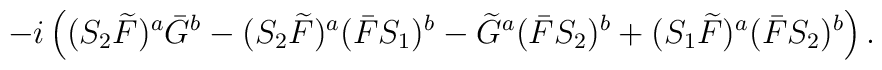
-i\left((S_2 \widetilde{F})^a \bar{G}^b - (S_2 \widetilde{F})^a (\bar{F}S_1)^b- \widetilde{G}^a(\bar{F} S_2)^b + (S_1 \widetilde{F})^a (\bar{F} S_2)^b\right).